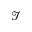
\mathcal { I }